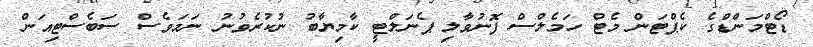
ޑޯޓްމަންޑްގެ ކެޕްޓަން މެޓް ހަމެލްސް ފޮނުވާލި ޕެނަލްޓީ ކާމިޔާބު ނުކުރެވުނު ނަމަވެސް ސަބެސްޓިއަން